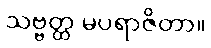
သဗ္ဗတ္ထ မပရာဇိတာ။